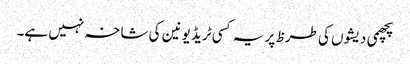
پچھمی دیشوں کی طرظ پر یہ کسی ٹریڈ یونین کی شاخہ نہیں ہے۔